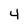
Character: 4